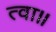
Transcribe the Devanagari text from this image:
त्वा॥